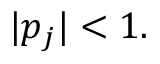
| p _ { j } | < 1 .